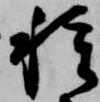
種